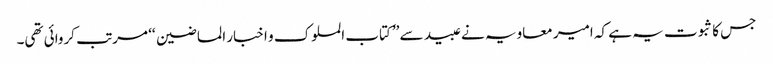
جس کا ثبوت یہ ہے کہ امیر معاویہ نے عبید سے ’’کتاب الملوک و اخبار الماضین ‘‘ مرتب کروائی تھی۔